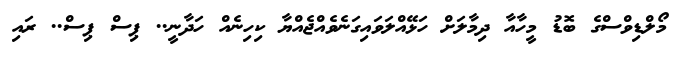
މޯލްޑިވްސްގެ ބޮޑު މީހާއާ ދިމާލަށް ހަޅޭއްލަވައިގަނެވެއްޖެއްޔާ ކިހިނެއް ހަދާނީ.. ޕިސް ޕިސް.. ރައި